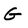
Character: G